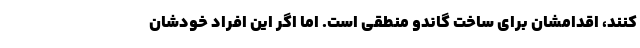
کنند، اقدامشان برای ساخت گاندو منطقی است. اما اگر این افراد خودشان